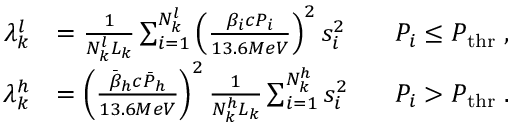
\begin{array} { r l r } { \lambda _ { k } ^ { l } } & { = \frac { 1 } { N _ { k } ^ { l } L _ { k } } \sum _ { i = 1 } ^ { N _ { k } ^ { l } } { \left( \frac { \beta _ { i } c P _ { i } } { 1 3 . 6 M e V } \right) ^ { 2 } s _ { i } ^ { 2 } } \; \; \; } & { P _ { i } \leq P _ { \mathrm { t h r } } \; , } \\ { \lambda _ { k } ^ { h } } & { = \left( \frac { \bar { \beta } _ { h } c \bar { P } _ { h } } { 1 3 . 6 M e V } \right) ^ { 2 } \frac { 1 } { N _ { k } ^ { h } L _ { k } } \sum _ { i = 1 } ^ { N _ { k } ^ { h } } { s _ { i } ^ { 2 } } \; \; \; } & { P _ { i } > P _ { \mathrm { t h r } } \; . } \end{array}